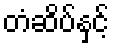
တံဆိပ်နှင့်